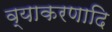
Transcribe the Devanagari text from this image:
व्याकरणादि